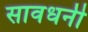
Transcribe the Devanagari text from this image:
सावधनी